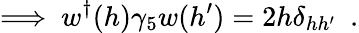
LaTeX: \Longrightarrow~w^{\dagger}(h)\gamma_{5}w(h^{\prime})=2h\delta_{hh^{\prime}}~~.